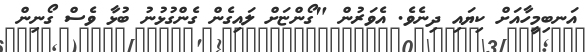
އަނބިމީހާއަށް ކިޔައި ދިނެވެ. އެވަރުން "ގޯންޏަށް ލައިގެން ގެންގުޅުނު ބުޅާ ވެސް ގޯނިން